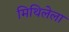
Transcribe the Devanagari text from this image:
मिथिलेला